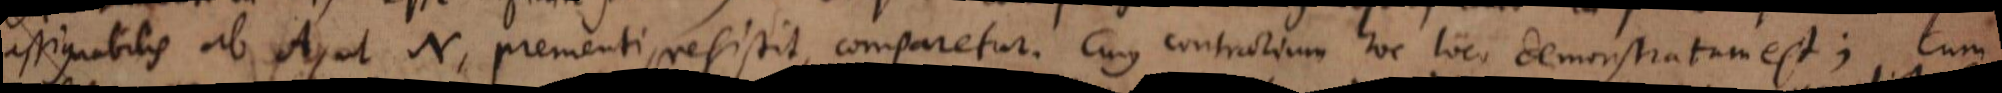
assignabilis ab A, ut N, prementi, resistit, comparetur. Cujus contrarium hoc loco demonstratum est; cum